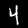
Label: 4